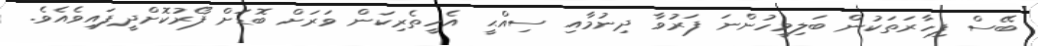
ބޭސް ފިހާރަތަކުން ބަލިމީހުންނަ ފަރުވާ ދިނުމާއި ސިއްޙީ އެހީތެރިކަން ވަރަށް ބޮޑަށް ފޯރުކޮށްދީފައިވެއެވެ.